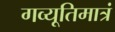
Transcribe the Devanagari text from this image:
गव्यूतिमात्रं